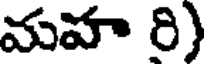
మహ రి)